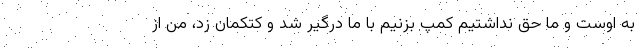
به اوست و ما حق نداشتیم کمپ بزنیم با ما درگیر شد و کتکمان زد، من از